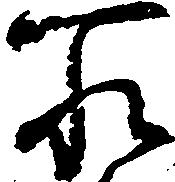
所